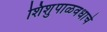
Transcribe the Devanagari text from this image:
शिशुपाळवधाचे